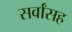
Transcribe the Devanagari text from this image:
सर्वांसह